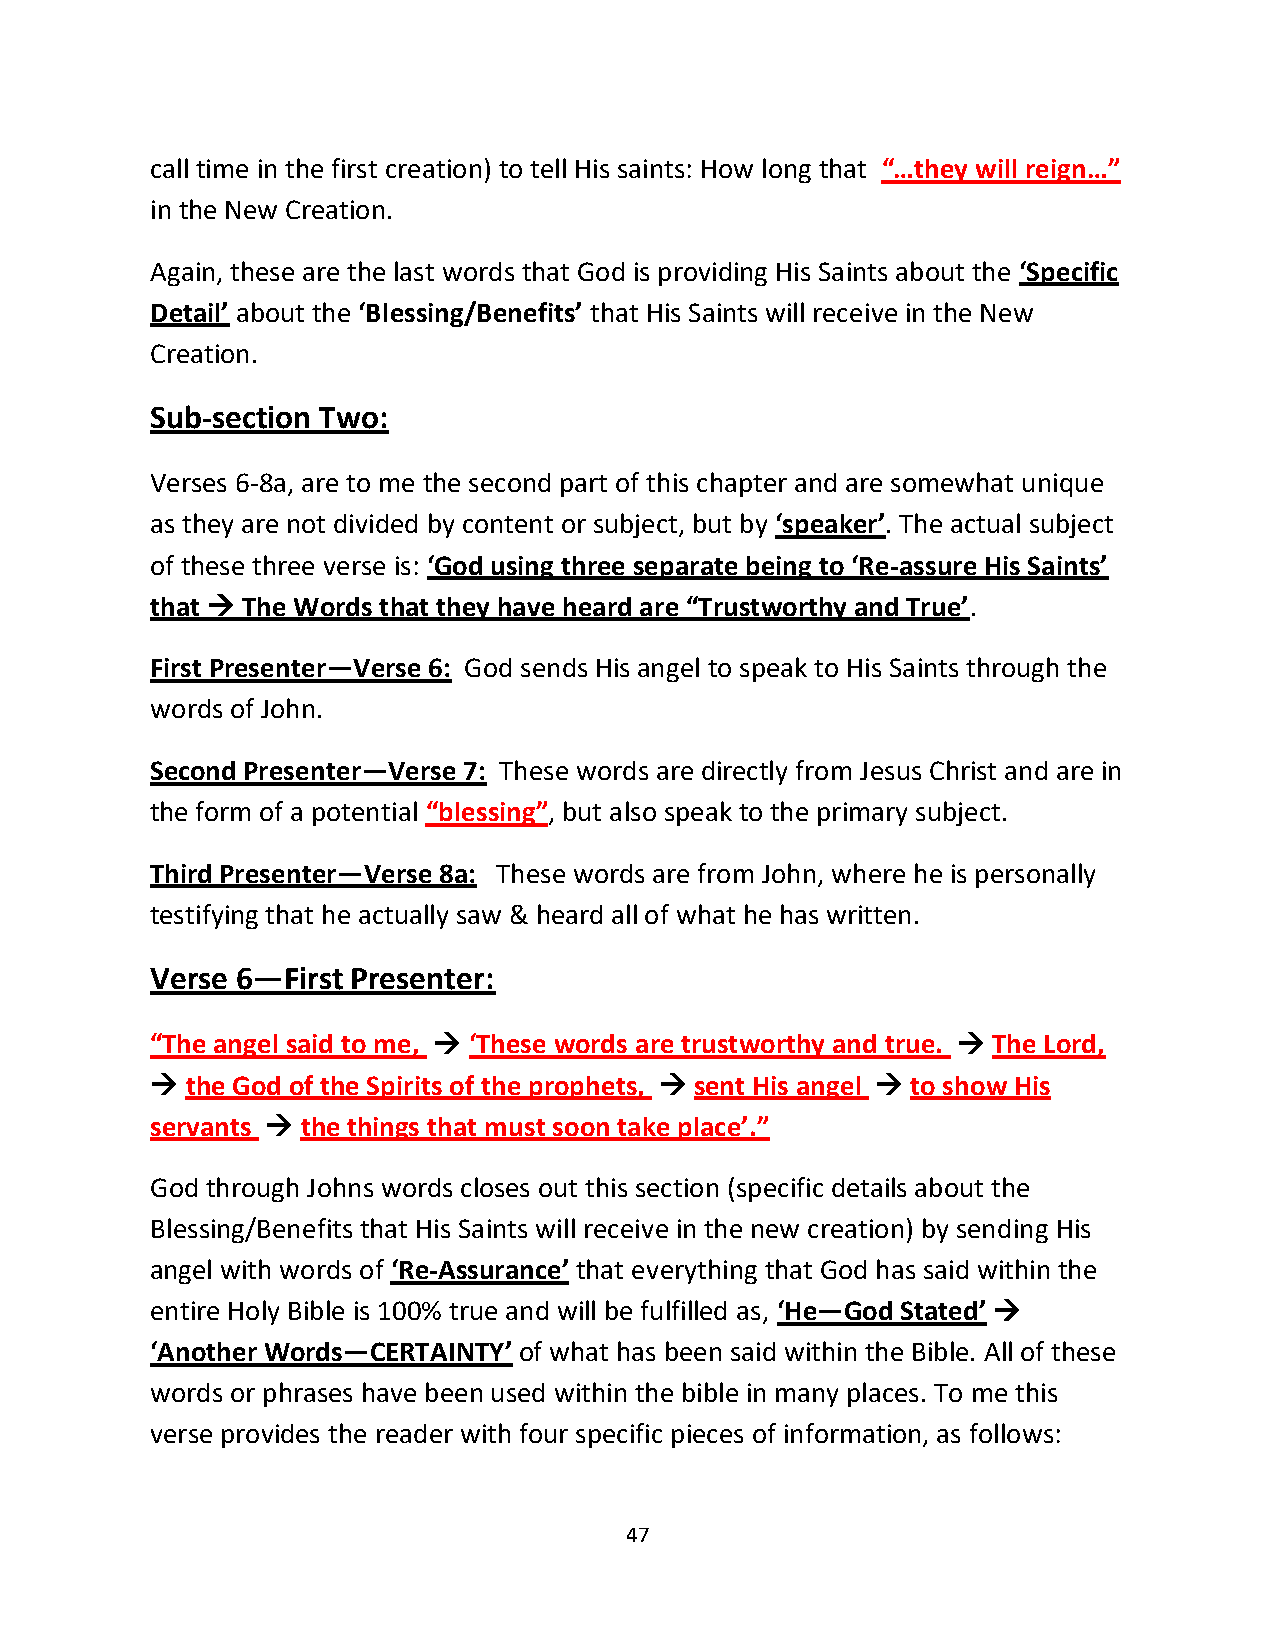
call time in the first creation) to tell His saints: How long that “…they will reign…”
 in the New Creation.
 Again, these are the last words that God is providing His Saints about the ‘Specific
 Detail’ about the ‘Blessing/Benefits’ that His Saints will receive in the New
 Creation.
 Sub-section Two:
 Verses 6-8a, are to me the second part of this chapter and are somewhat unique
 as they are not divided by content or subject, but by ‘speaker’. The actual subject
 of these three verse is: ‘God using three separate being to ‘Re-assure His Saints’
 that → The Words that they have heard are “Trustworthy and True’.
 First Presenter—Verse 6: God sends His angel to speak to His Saints through the
 words of John.
 Second Presenter—Verse 7: These words are directly from Jesus Christ and are in
 the form of a potential “blessing”, but also speak to the primary subject.
 Third Presenter—Verse 8a: These words are from John, where he is personally
 testifying that he actually saw & heard all of what he has written.
 Verse 6—First Presenter:
 “The angel said to me, → ‘These words are trustworthy and true. → The Lord,
 → the God of the Spirits of the prophets, → sent His angel → to show His
 servants → the things that must soon take place’.”
 God through Johns words closes out this section (specific details about the
 Blessing/Benefits that His Saints will receive in the new creation) by sending His
 angel with words of ‘Re-Assurance’ that everything that God has said within the
 entire Holy Bible is 100% true and will be fulfilled as, ‘He—God Stated’ →
 ‘Another Words—CERTAINTY’ of what has been said within the Bible. All of these
 words or phrases have been used within the bible in many places. To me this
 verse provides the reader with four specific pieces of information, as follows:
 47